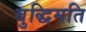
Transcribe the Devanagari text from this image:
बुद्धिमति